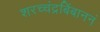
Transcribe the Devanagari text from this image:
शरच्चंद्रबिंबाननं